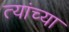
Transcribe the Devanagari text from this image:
त्यांच्या